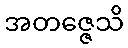
အတဇ္ဇေသိ